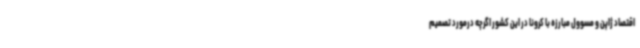
اقتصاد ژاپن و مسوول مبارزه‌ با کرونا در این کشور اگرچه درمورد تصمیم